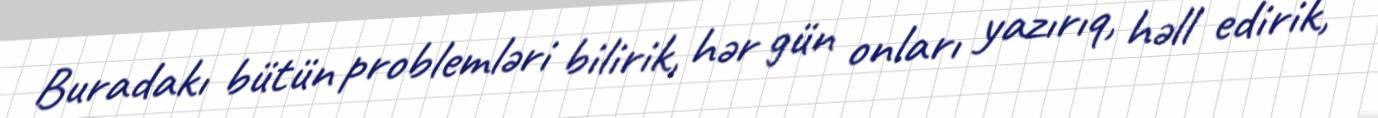
Buradakı bütün problemləri bilirik, hər gün onları yazırıq, həll edirik,